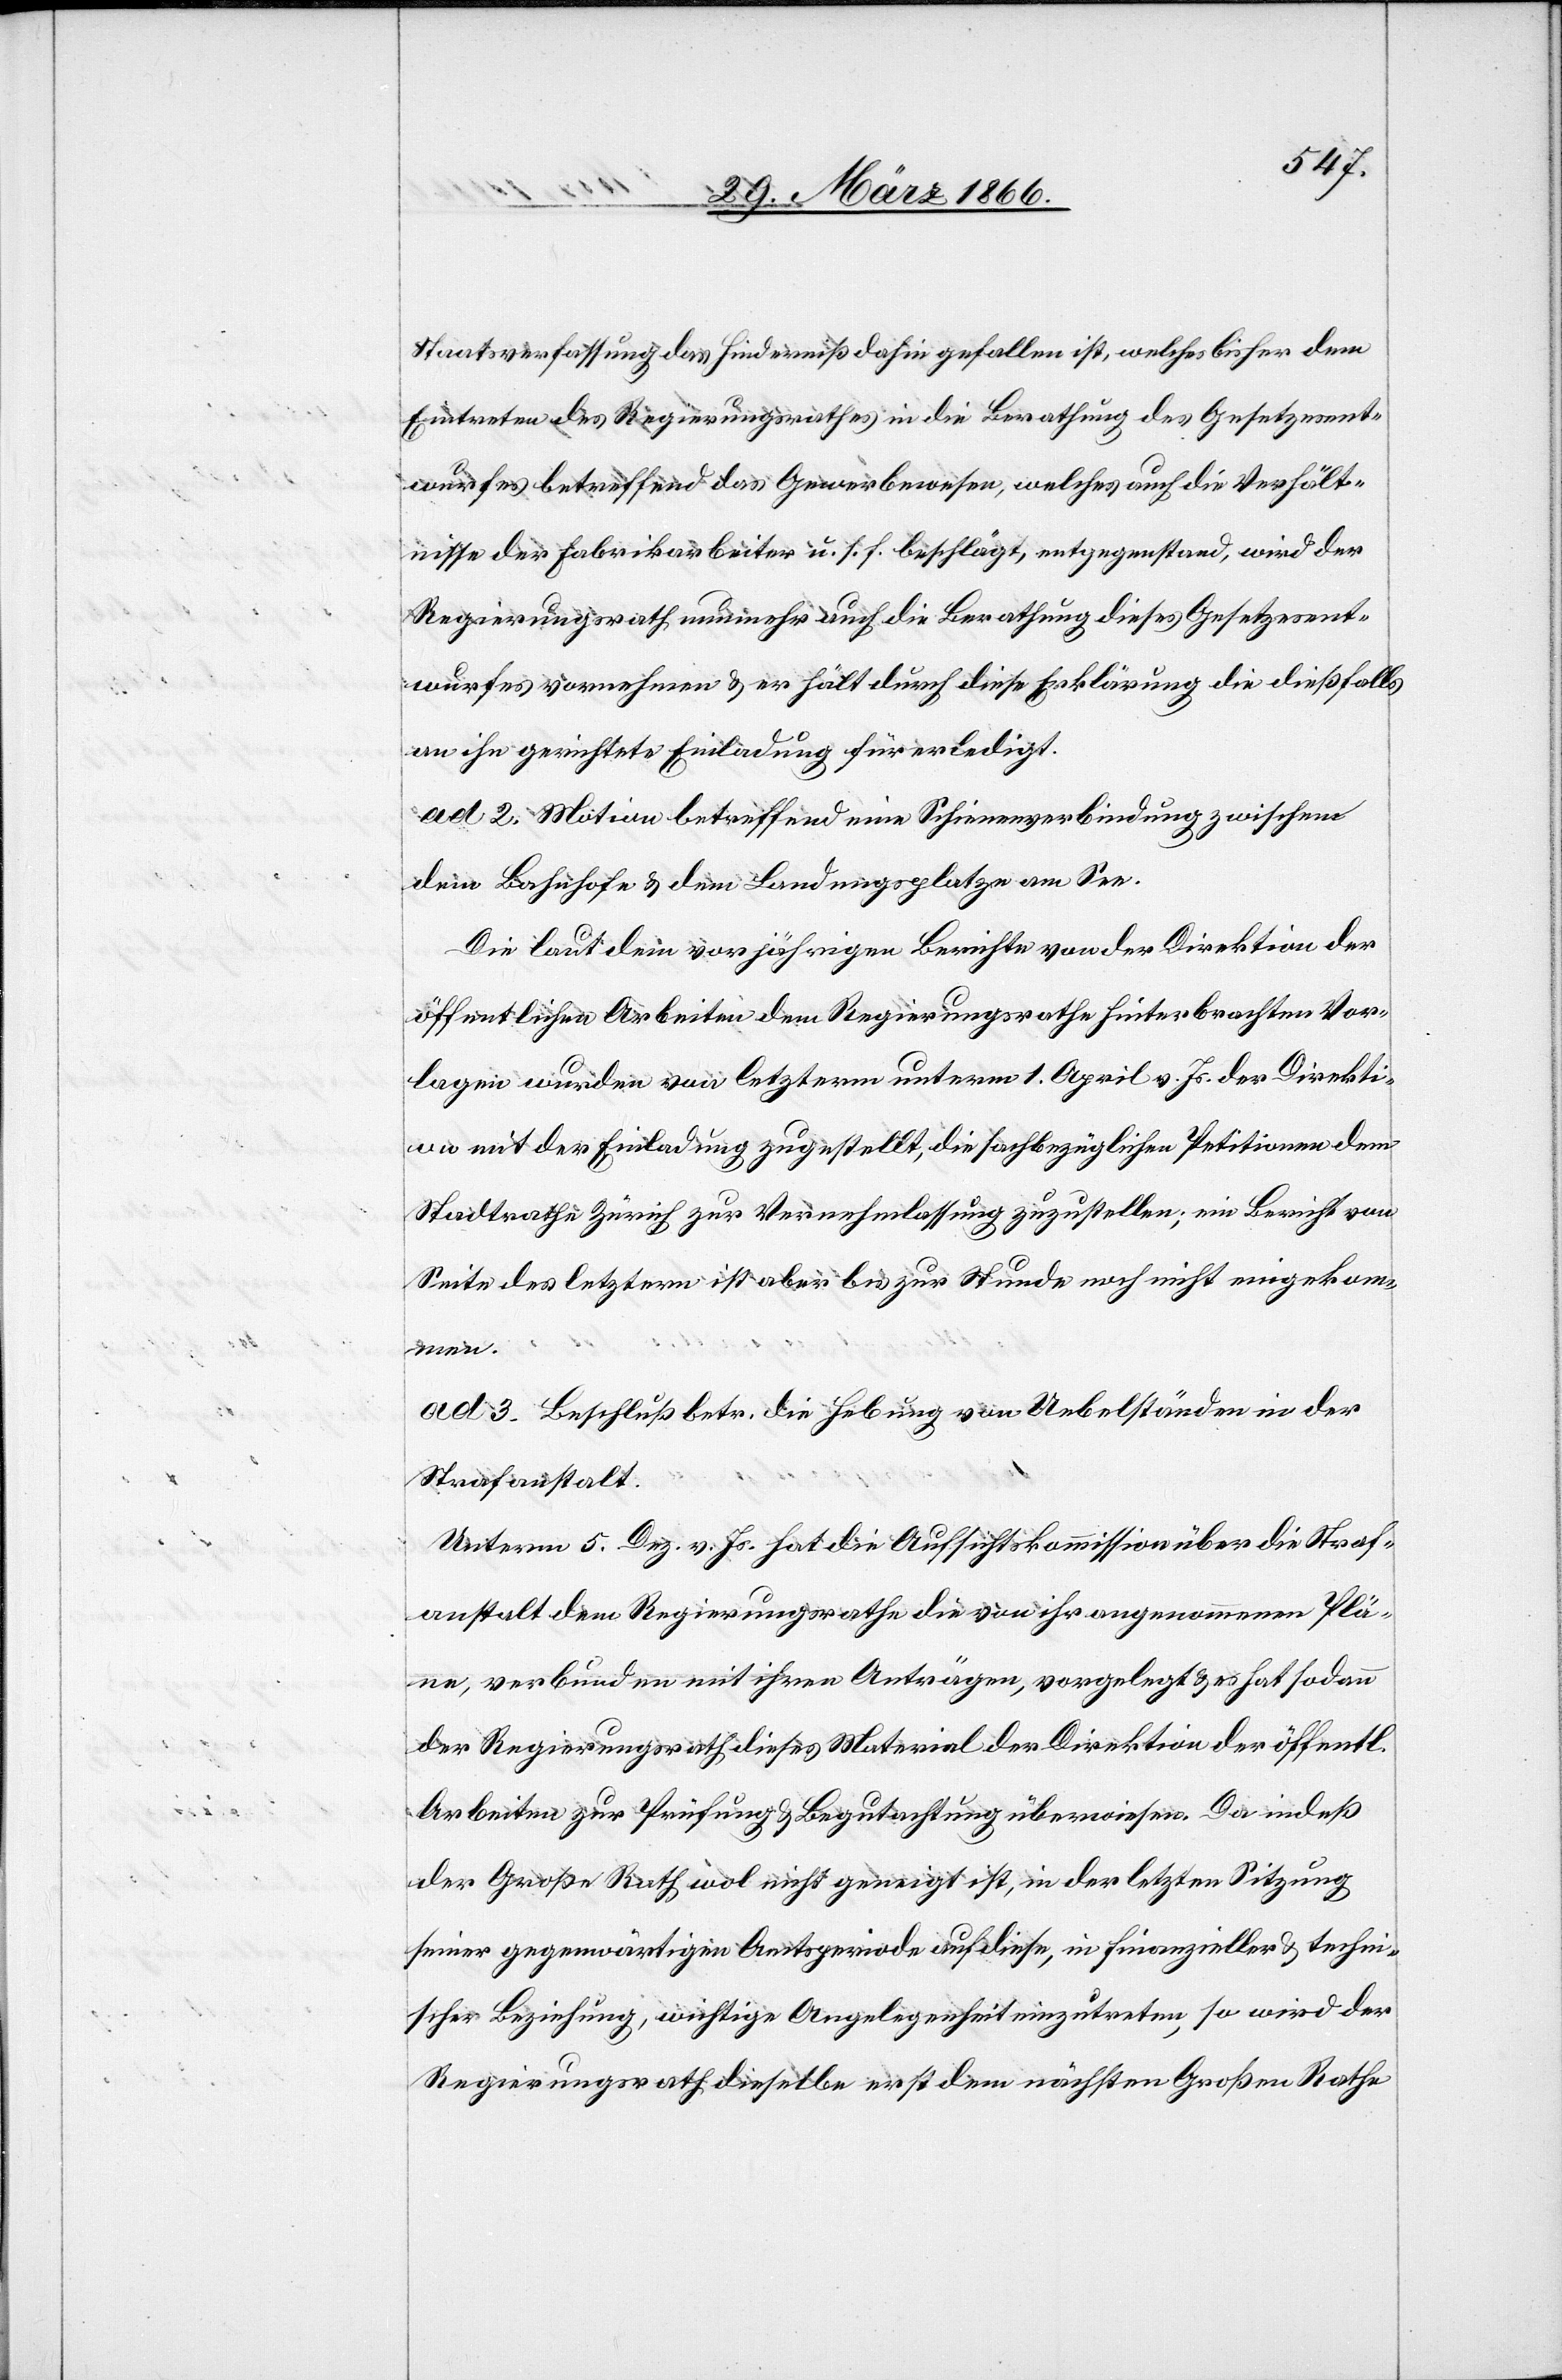
Staatsverfassung das Hinderniß dahin gefallen ist, welches bisher dem
Eintreten des Regierungsrathes in die Berathung des Gesetzesent¬
wurfes betreffend das Gewerbewesen, welches auf die Verhält¬
nisse der Fabrikarbeiter u. s. f. beschlägt, entgegenstand, wird der
Regierungsrath nunmehr auch die Berathung dieses Gesetzesent¬
wurfes vornehmen u. er hält durch diese Erklärung die dießfalls
an ihn gerichtete Einladung für erledigt.
ad 2. Motion betreffend eine Schienenverbindung zwischen
dem Bahnhofe u. dem Landungsplatze am See.
Die laut dem vorjährigen Berichte von der Direktion der
öffentlichen Arbeiten dem Regierungsrathe hinterbrachten Vor¬
lagen wurden von letzterm unterm 1. April v. Js. der Direkti¬
on mit der Einladung zugestellt, die sachbezüglichen Petitionen dem
Stadtrathe Zürich zur Vernehmlassung zuzustellen; ein Bericht von
Seite des letztern ist aber bis zur Stunde noch nicht eingekom¬
men.
ad 3. Beschluß betr. die Hebung von Uebelständen in der
Strafanstalt.
Unterm 5. Dez. v. Js. hat die Aufsichtskommission über die Straf¬
anstalt dem Regierungsrathe die von ihr angenommenen Plä¬
ne, verbunden mit ihren Anträgen, vorgelegt u. es hat sodann
der Regierungsrath dieses Material der Direktion der öffentl.
Arbeiten zur Prüfung u. Begutachtung überwiesen. Da indeß
der Große Rath wol nicht geneigt ist, in der letzten Sitzung
seiner gegenwärtigen Amtsperiode auf diese, in finanzieller u. techni¬
scher Beziehung, wichtige Angelegenheit einzutreten, so wird der
Regierungsrath dieselbe erst dem nächsten Großen Rathe